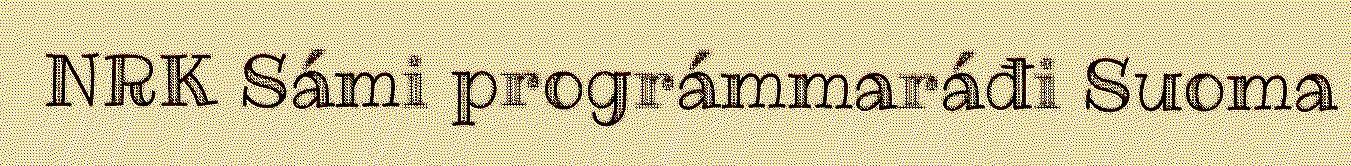
NRK Sámi prográmmaráđi Suoma